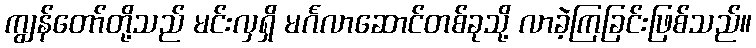
ကျွန်တော်တို့သည် မင်းလှရှိ မင်္ဂလာဆောင်တစ်ခုသို့ လာခဲ့ကြခြင်းဖြစ်သည်။